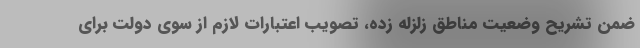
ضمن تشریح وضعیت مناطق زلزله زده، تصویب اعتبارات لازم از سوی دولت برای